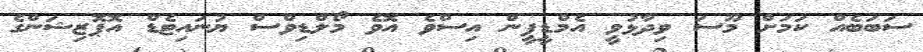
ސަބަބެއް ކަމަށް މޫސަ ވިދާޅުވީ އެމްޑީޕީން އިސްވެ އޮވެ މޯލްޑިވްސް ޔުނައިޓެޑް އޮޕޮޒިޝަންގެ